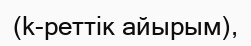
(k-реттік айырым),